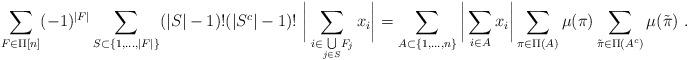
LaTeX: \begin{align*}\sum_{F \in \Pi[n]} (-1)^{|F|} \sum_{\begin{subarray}{c} S \subset \{1,\dots,|F|\} \end{subarray}} (|S|-1)! (|S^c|-1)!\ \bigg| \sum_{ i \in \underset{j\in S}{\bigcup} F_j} x_i \bigg| &= \sum_{A \subset \{1,\dots,n\}} \bigg| \sum_{ i \in A} x_i \bigg| \sum_{ \pi \in \Pi(A)} \mu(\pi) \sum_{ \tilde\pi \in \Pi(A^c)} \mu(\tilde\pi) \ . \end{align*}